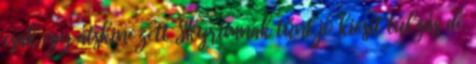
csak egy átskinezett Skyrimnak tűnt jó kicsit túlzás de